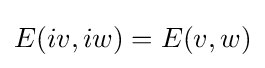
E(iv,iw)=E(v,w)